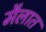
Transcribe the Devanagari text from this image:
मैलात